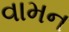
વામન